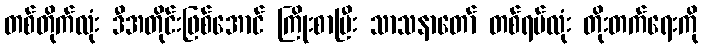
တစ်တိုက်လုံး ဒီအတိုင်းဖြစ်အောင် ကြိုးစာပြီး သာသနာတော် တစ်ရပ်လုံး တိုးတက်ရေးကို